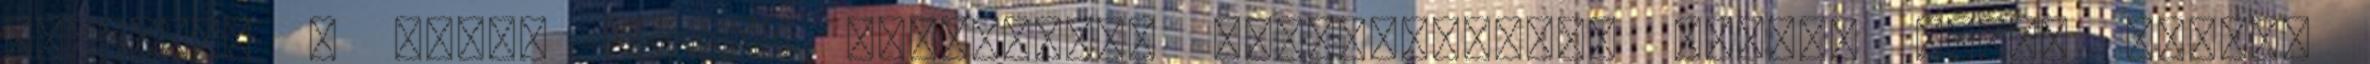
Jöhetnek a híres hősök, Hamlet-től Parszifál-ig, Juhász Anikó mindig